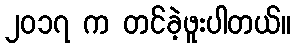
၂၀၁၇ က တင်ခဲ့ဖူးပါတယ်။